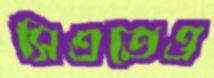
সিএতেও